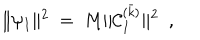
LaTeX: \| \psi _ { I } \| ^ { 2 } { } ~ = ~ M \| { \cal C } _ { I } ^ { ( \bar { k } ) } \| ^ { 2 } \ \ ,